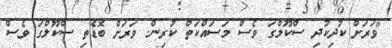
"ވަރަށް ކުދިކުދި ސްކޫލްގަ ވެސް މަސައްކަތް ކުރިން. ވަރަށް ބޮޑެތި ސްކޫލްގަ ވެސް